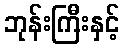
ဘုန်းကြီးနှင့်